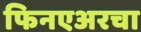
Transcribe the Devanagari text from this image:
फिनएअरचा